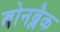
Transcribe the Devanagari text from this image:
बोनब्लैक